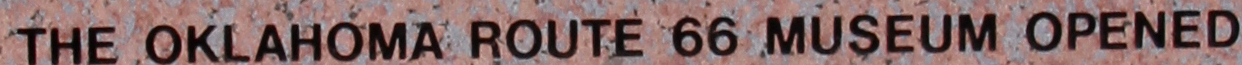
THE OKLAHOMA ROUTE 66 MUSEUM OPENED